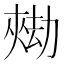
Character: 𱘺